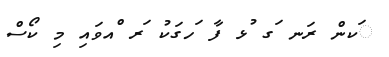
ަކން ރަނ ަގ ުޅ ފާ ަހގަކު ަރ ްއވައި މި ކޯސް